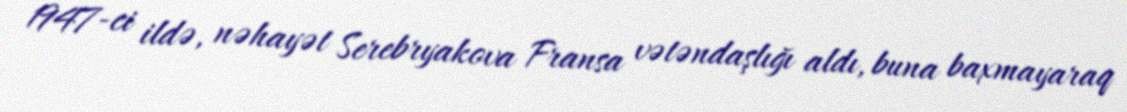
1947-ci ildə, nəhayət Serebryakova Fransa vətəndaşlığı aldı, buna baxmayaraq